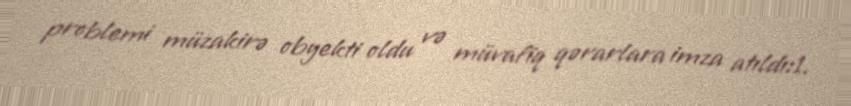
problemi müzakirə obyekti oldu və müvafiq qərarlara imza atıldı:1.